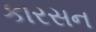
કારસન